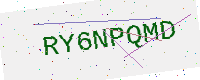
Text: RY6NPQMD